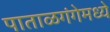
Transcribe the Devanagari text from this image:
पाताळगंगेमध्ये